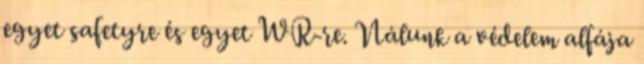
egyet safetyre és egyet WR-re. Nálunk a védelem alfája